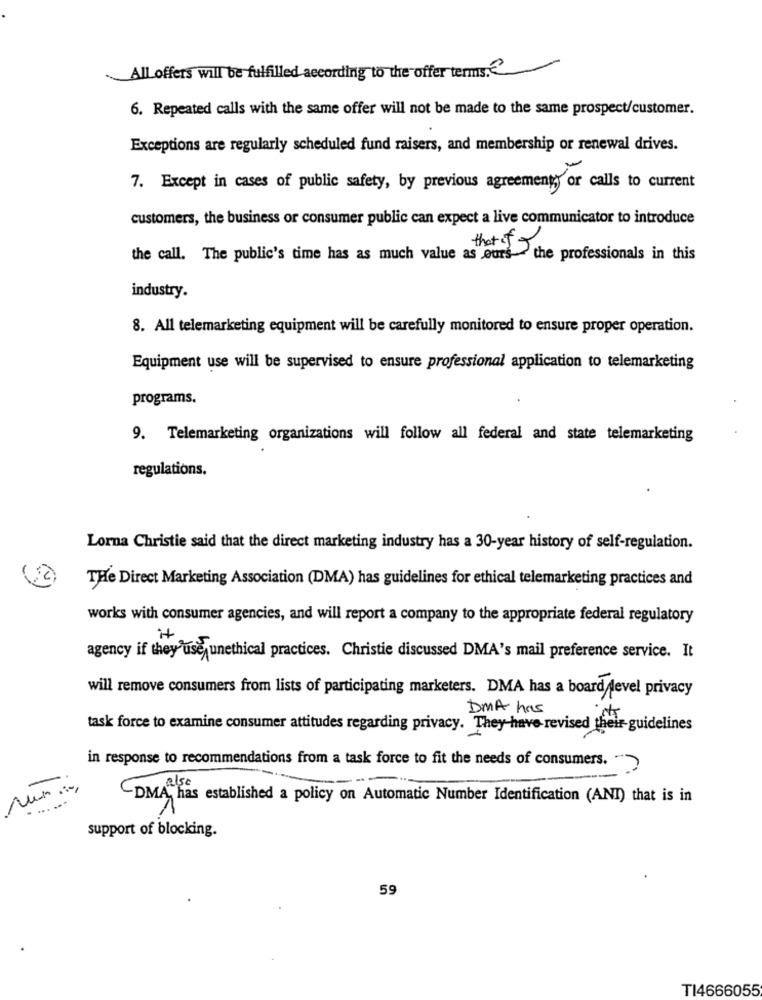
All offers will be fulfilled according to the offer terms.
6. Repeated calls with the same offer will not be made to the same prospect/customer.
Exceptions are regularly scheduled fund raisers, and membership or renewal drives.
7. Except in cases of public safety, by previous agreement; or calls to current
customers, the business or consumer public can expect a live communicator to introduce
that if
the call. The public's time has as much value as ours-the professionals in this
industry.
8. All telemarketing equipment will be carefully monitored to ensure proper operation.
Equipment use will be supervised to ensure professional application to telemarketing
programs.
9. Telemarketing organizations will follow all federal and state telemarketing
regulations.
Lorna Christie said that the direct marketing industry has a 30-year history of self-regulation.
THe Direct Marketing Association (DMA) has guidelines for ethical telemarketing practices and
works with consumer agencies, and will report a company to the appropriate federal regulatory
agency if they use unethical practices. Christie discussed DMA's mail preference service. It
will remove consumers from lists of participating marketers. DMA has a board level privacy
DMA has
task force to examine consumer attitudes regarding privacy. They have revised their-guidelines
in response to recommendations from a task force to fit the needs of consumers. ">
. ......
has established a policy on Automatic Number Identification (ANI) that is in
support of blocking.
59
TI4666055